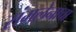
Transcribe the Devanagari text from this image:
संमलेनाचा